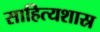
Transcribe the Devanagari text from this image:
साहित्यशास्र